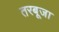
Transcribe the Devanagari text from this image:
तरबूजा